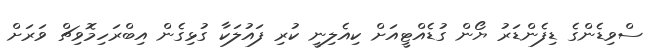
ސްވިޑެންގެ ޑިފެންޑަރު ޔޯން ގުޑެއްޓީއަށް ކިއެލިނީ ކުރި ފައުލަކާ ގުޅިގެން އިބްރަހިމޮވިޗް ވަރަށް